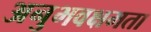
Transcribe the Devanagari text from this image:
अनुभवक्षमता